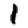
Digit: 1